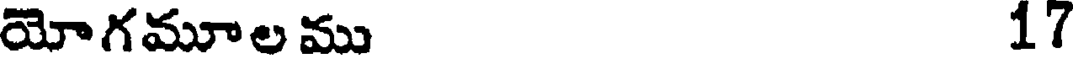
యోగమూలము 1